Civil Veterinary Dept. Bombay admin report 1907-1913 - 1907-1913
Year: 1907
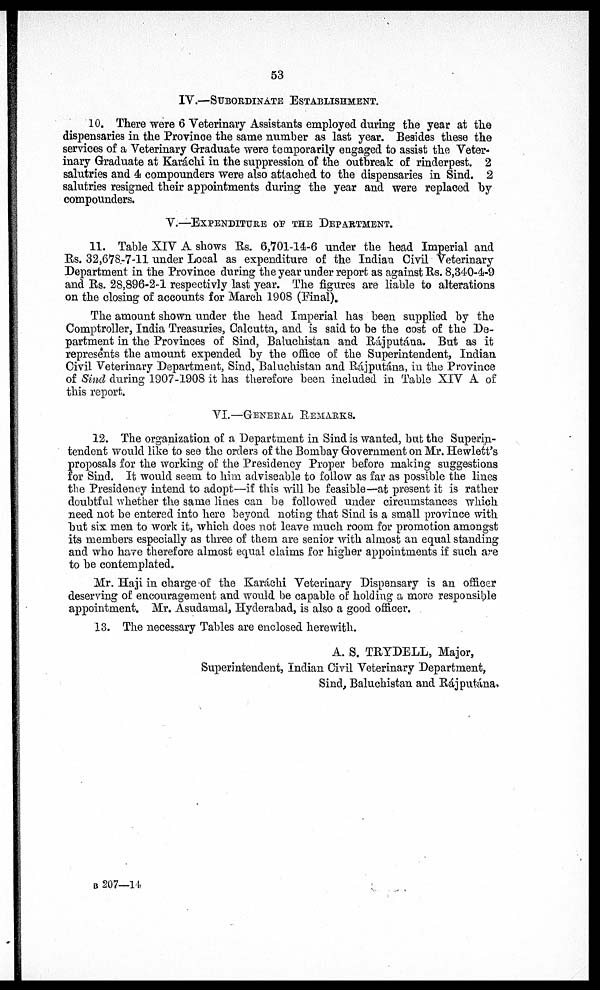
53
IV.—SUBORDINATE ESTABLISHMENT.
10. There were 6 Veterinary Assistants employed during the year at the
dispensaries in the Province the same number as last year. Besides these the
services of a Veterinary Graduate were temporarily engaged to assist the Veter-
inary Graduate at Karáchi in the suppression of the outbreak of rinderpest. 2
salutries and 4 compounders were also attached to the dispensaries in Sind. 2
salutries resigned their appointments during the year and were replaced by
compounders.
V.—EXPENDITURE OF THE DEPARTMENT.
11. Table XIV A shows Rs. 6,701-14-6 under the head Imperial and
Rs. 32,678.-7-11 under Local as expenditure of the Indian Civil Veterinary
Department in the Province during the year under report as against Rs. 8,340-4-9
and Rs. 28,896-2-1 respectivly last year. The figures are liable to alterations
on the closing of accounts for March 1908 (Final).
The amount shown under the head Imperial has been supplied by the
Comptroller, India Treasuries, Calcutta, and is said to be the cost of the De-
partment in the Provinces of Sind, Baluchistan and Rájputána. But as it
represents the amount expended by the office of the Superintendent, Indian
Civil Veterinary Department, Sind, Baluchistan and Rájputána, in the Province
of Sind during 1907-1908 it has therefore been included in Table XIV A of
this report.
VI.—GENERAL REMARKS.
12. The organization of a Department in Sind is wanted, bat the Superin-
tendent would like to see the orders of the Bombay Government on Mr. Hewlett's
proposals for the working of the Presidency Proper before making suggestions
for Sind. It would seem to him adviseable to follow as far as possible the lines
the Presidency intend to adopt—if this will be feasible—at present it is rather
doubtful whether the same lines can be followed under circumstances which
need not be entered into hero beyond noting that Sind is a small province with
but six men to work it, which does not leave much room for promotion amongst
its members especially as three of them are senior with almost an equal standing
and who have therefore almost equal claims for higher appointments if such are
to be contemplated.
Mr. Haji in charge of the Karáchi Veterinary Dispensary is an officer
deserving of encouragement and would be capable of holding a more responsible
appointment. Mr. Asudamal, Hyderabad, is also a good officer.
13. The necessary Tables are enclosed herewith.
A. S. TRYDELL, Major,
Superintendent, Indian Civil Veterinary Department,
Sind, Baluchistan and Rájputána.
B 207—14